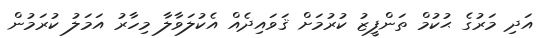
އަދި މަރުގެ ޙުކުމް ތަންފީޒު ކުރުމަށް ޤަވައިދެއް އެކުލަވާލާ މިހާރު އަމަލު ކުރަމުން